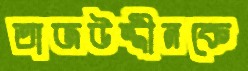
তাজউদ্দীনকে